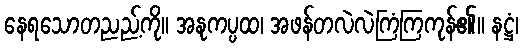
နေရသောတညည့်ကို။ အနုကပ္ပထ၊ အဖန်တလဲလဲကြံကြကုန်၏။ နဋ္ဌံ၊